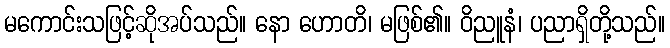
မကောင်းသဖြင့်ဆိုအပ်သည်။ နော ဟောတိ၊ မဖြစ်၏။ ဝိညူနံ၊ ပညာရှိတို့သည်။